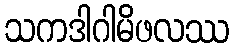
သကဒါဂါမိဖလဿ